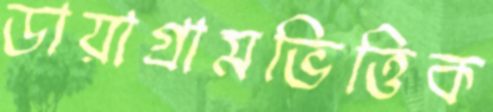
ডায়াগ্রামভিত্তিক